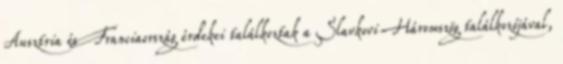
Ausztria és Franciaország érdekei találkoztak a Slavkovi Háromszög találkozójával,